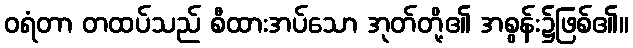
ဝရံတာ တထပ်သည် စီထားအပ်သော အုတ်တို့၏ အစွန်း၌ဖြစ်၏။